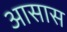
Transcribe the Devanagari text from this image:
आसास